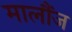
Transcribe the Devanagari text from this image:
मालौंज